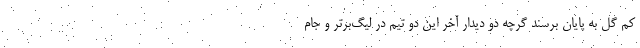
کم گل به پایان برسند گرچه دو دیدار آخر این دو تیم در لیگ‌برتر و جام